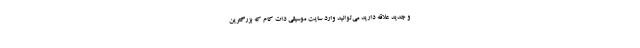
و جدید علاقه دارید می‌توانید وارد سایت موسیقی دات کام که بزرگترین